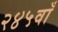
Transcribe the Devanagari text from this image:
२४५वाँ